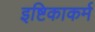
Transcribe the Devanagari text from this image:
इष्टिकाकर्म